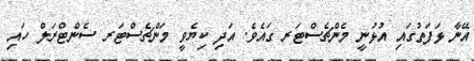
އޭނާ ޅަފަތުގައި އުޅުނީ މެންޗެސްޓަރ ގައެވެ. އަދި ކިޔެވީ މަންޗެސްޓަރ ސެންޓްރަލް ހައި